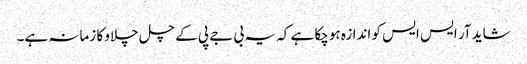
شاید آر ایس ایس کو اندازہ ہوچکا ہے کہ یہ بی جے پی کے چل چلاو کا زمانہ ہے۔